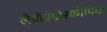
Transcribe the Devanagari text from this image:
लैप्रोएंडोस्कोपिक